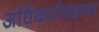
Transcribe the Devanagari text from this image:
अधिकारीपदावर